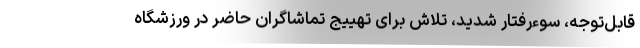
قابل‌توجه، سوء‌رفتار شدید، تلاش برای تهییج تماشاگران حاضر در ورزشگاه